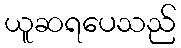
ယူဆရပေသည်